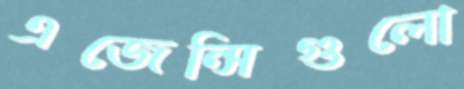
এজেন্সিগুলো